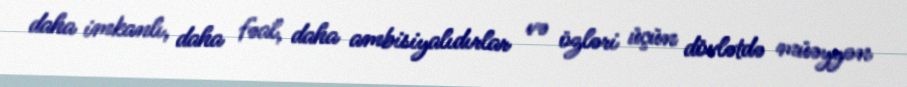
daha imkanlı, daha fəal, daha ambisiyalıdırlar və özləri üçün dövlətdə müəyyən